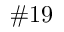
\# 1 9